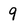
Character: 9